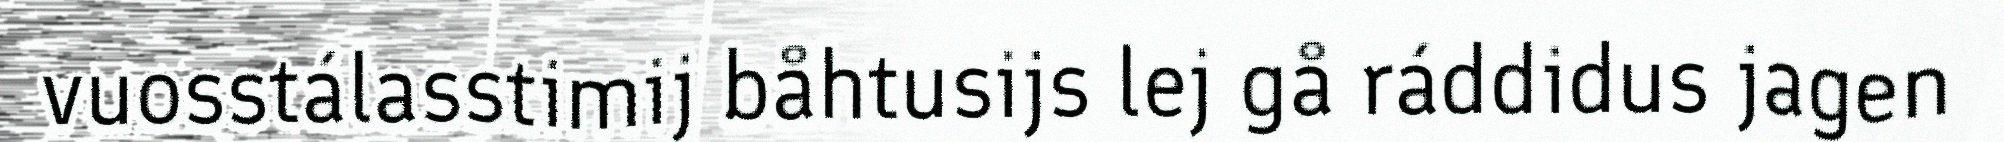
vuosstálasstimij båhtusijs lej gå ráddidus jagen